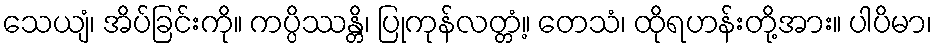
သေယျံ၊ အိပ်ခြင်းကို။ ကပ္ပိဿန္တိ၊ ပြုကုန်လတ္တံ့။ တေသံ၊ ထိုရဟန်းတို့အား။ ပါပိမာ၊